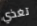
تغذي